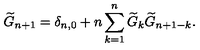
\widetilde { G } _ { n + 1 } = \delta _ { n , 0 } + n \sum _ { k = 1 } ^ { n } \widetilde { G } _ { k } \widetilde { G } _ { n + 1 - k } .